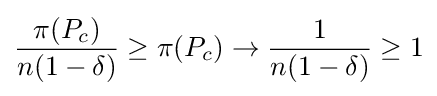
{\frac {\pi (P_{c})}{n(1-\delta )}}\geq \pi (P_{c})\rightarrow {\frac {1}{n(1-\delta )}}\geq 1